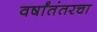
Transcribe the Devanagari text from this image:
वर्षांतंतरचा